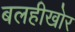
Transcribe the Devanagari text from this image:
बलहीखोर